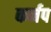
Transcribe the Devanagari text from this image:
कर्नप